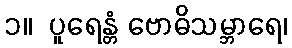
၁။  ပူရေန္တံ ဗောဓိသမ္ဘာရေ၊